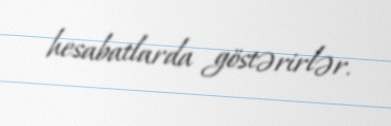
hesabatlarda göstərirlər.